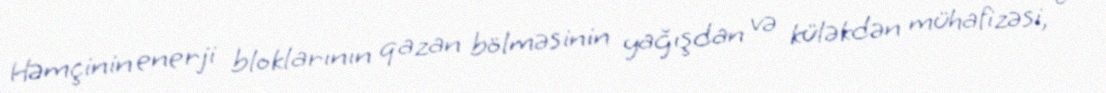
Həmçinin enerji bloklarının qazan bölməsinin yağışdan və küləkdən mühafizəsi, o